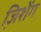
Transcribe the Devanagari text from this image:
जि़शेंग